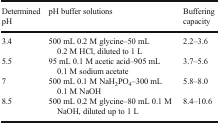
| Determined pH | pH buffer solutions | Buffering capacity |
 | --- | --- | --- |
 | 3.4 | 500 mL 0.2 M glycine–50 mL 0.2 M HCl, diluted to 1 L | 2.2–3.6 |
 | 5.5 | 95 mL 0.1 M acetic acid–905 mL 0.1 M sodium acetate | 3.7–5.6 |
 | 7 | 500 mL 0.1 M NaH2PO4–300 mL 0.1 M NaOH | 5.8–8.0 |
 | 8.5 | 500 mL 0.2 M glycine–80 mL 0.1 M NaOH, diluted up to 1 L | 8.4–10.6 |